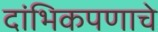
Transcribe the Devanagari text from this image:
दांभिकपणाचे